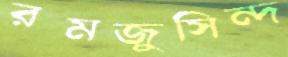
রমজুসিন্দ